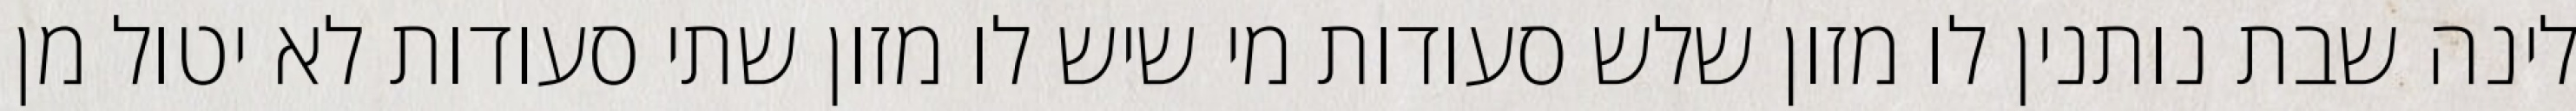
לינה שבת נותנין לו מזון שלש סעודות מי שיש לו מזון שתי סעודות לא יטול מן